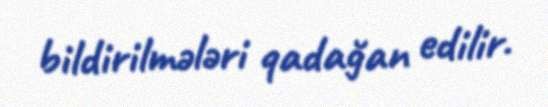
bildirilmələri qadağan edilir.